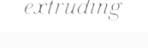
extruding